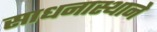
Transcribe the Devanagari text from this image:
साधनास्थाने